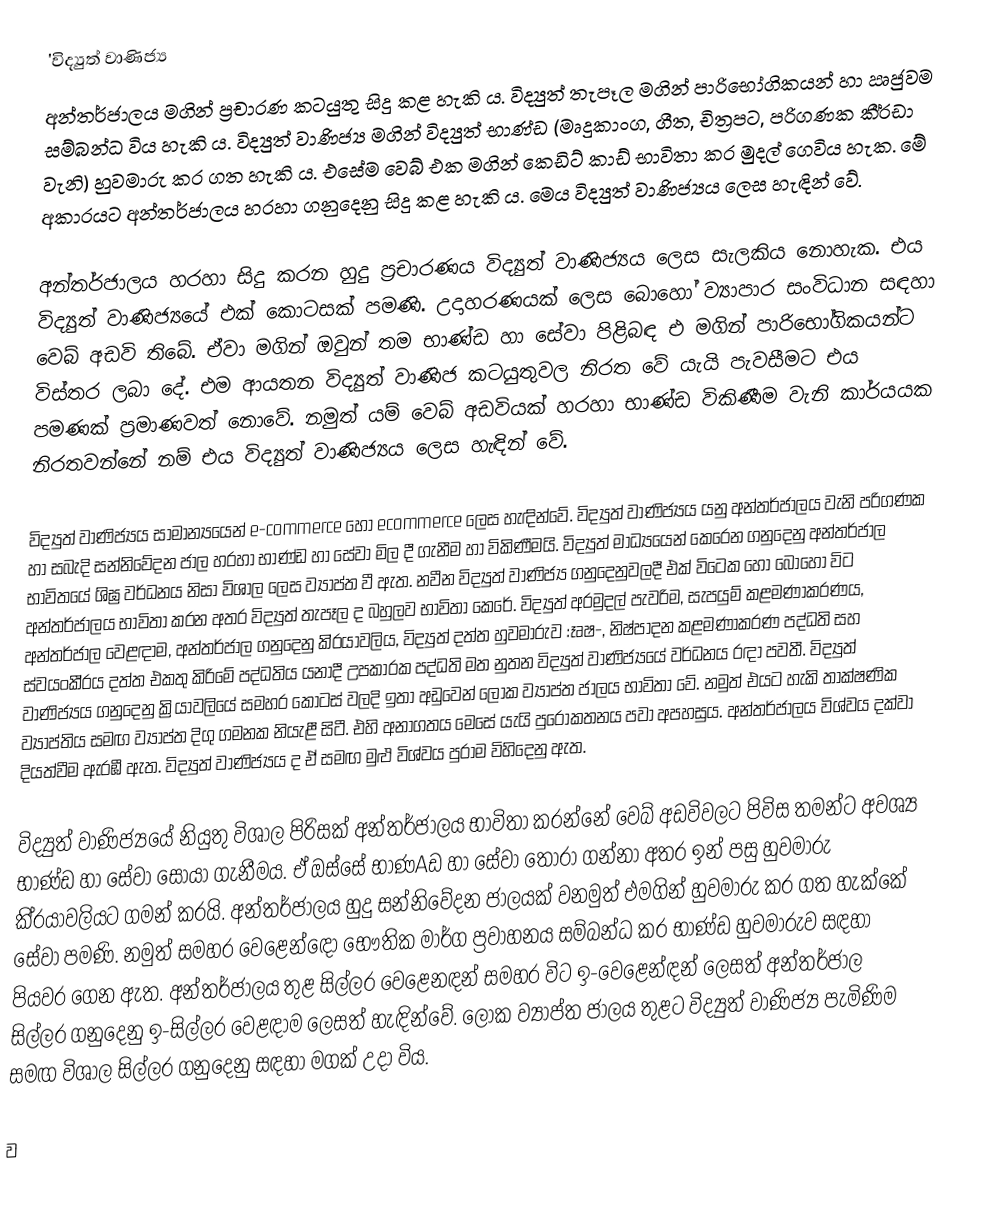
'විද්‍යුත් වාණිජ්‍ය
	අන්තර්ජාලය මගින් ප්‍රචාරණ කටයුතු සිදු කළ හැකි ය. විද්‍යුත් තැපෑල මගින් පාරිභෝගිකයන් හා ඍජුවම සම්බන්ධ විය හැකි ය. විද්‍යුත් වාණිජ්‍ය මගින් විද්‍යුත් භාණ්ඩ (මෘදුකාංග, ගීත, චිත්‍රපට, පරිගණක කී්‍රඩා වැනි) හුවමාරු කර ගත හැකි ය. එසේම වෙබ් එක මගින් කෙඩිට් කාඩ් භාවිතා කර මුදල් ගෙවිය හැක. මේ අකාරයට අන්තර්ජාලය හරහා ගනුදෙනු සිදු කළ හැකි ය. මෙය විද්‍යුත් වාණිජ්‍යය ලෙස හැඳින් වේ.

	අන්තර්ජාලය හරහා සිදු කරන හුදු ප්‍රචාරණය විද්‍යුත් වාණිජ්‍යය ලෙස සැලකිය නොහැක. එය විද්‍යුත් වාණිජ්‍යයේ එක් කොටසක් පමණි. උදාහරණයක් ලෙස බොහෝ ව්‍යාපාර සංවිධාන සඳහා වෙබ් අඩවි තිබේ. ඒවා මගින් ඔවුන් තම භාණ්ඩ හා සේවා පිළිබඳ එ මගින් පාරිභෝගිකයන්ට විස්තර ලබා දේ. එම ආයතන විද්‍යුත් වාණිජ කටයුතුවල නිරත වේ යැයි පැවසීමට එය පමණක් ප්‍රමාණවත් නොවේ. නමුත් යම් වෙබ් අඩවියක් හරහා භාණ්ඩ විකිණීම වැනි කාර්යයක නිරතවන්නේ නම් එය විද්‍යුත් වාණිජ්‍යය ලෙස හැඳින් වේ.

	විද්‍යුත් වාණිජ්‍යය සාමාන්‍යයෙන් e-commerce හෝ ecommerce ලෙස හැඳින්වේ. විද්‍යුත් වාණිජ්‍යය යනු අන්තර්ජාලය වැනි පරිගණක හා සබැදි සන්නිවේදන ජාල හරහා භාණ්ඩ හා සේවා මිල දී ගැනීම හා විකිණීමයි. විද්‍යුත් මාධ්‍යයෙන් කෙරෙන ගනුදෙනු අන්තර්ජාල භාවිතයේ ශිඝ්‍ර වර්ධනය නිසා විශාල ලෙස ව්‍යාප්ත වී ඇත. නවීන විද්‍යුත් වාණිජ්‍ය ගනුදෙනුවලදී එක් විටෙක හෝ බොහෝ විට අන්තර්ජාලය භාවිතා කරන අතර විද්‍යුත් තැපෑල ද බහුලව භාවිතා කෙරේ. විද්‍යුත් අරමුදල් පැවරිම, සැපයුම් කළමණාකරණය, අන්තර්ජාල වෙළඳාම, අන්තර්ජාල ගනුදෙනු කි්‍රයාවලිය,  විද්‍යුත් දත්ත හුවමාරුව :ෑෘෂ-, නිෂ්පාදන කළමණාකරණ පද්ධති සහ ස්වයංකී්‍රය දත්ත එකතු කිරිමේ පද්ධතිය යනාදී උපකාරක පද්ධති මත නුතන විද්‍යුත් වාණිජ්‍යයේ වර්ධනය රඳා පවතී. විද්‍යුත් වාණිජ්‍යය ගනුදෙනු ක්‍රියාවලියේ සමහර කොටස් වලදි ඉතා අඩුවෙන් ලෝක ව්‍යාප්ත ජාලය භාවිතා වේ. නමුත් එයට හැකි තාක්ෂණික  ව්‍යාප්තිය සමඟ ව්‍යාප්ත දිගු ගමනක නියැළී සිටී. එහි අනාගතය මෙසේ යැයි පුරෝකතනය පවා අපහසුය. අන්තර්ජාලය විශ්වය දක්වා දියත්වීම ඇරඹී ඇත. විද්‍යුත් වාණිජ්‍යය ද ඒ සමඟ මුළු විශ්වය පුරාම විහිදෙනු ඇත.

	විද්‍යුත් වාණිජ්‍යයේ නියුතු විශාල පිරිසක් අන්තර්ජාලය භාවිතා කරන්නේ වෙබ් අඩවිවලට පිවිස තමන්ට අවශ්‍ය භාණ්ඩ හා සේවා සොයා ගැනීමය. ඒ ඔස්සේ භාණAඩ හා සේවා තෝරා ගන්නා අතර ඉන් පසු හුවමාරු කි්‍රයාවලියට ගමන් කරයි.  අන්තර්ජාලය හුදු සන්නිවේදන ජාලයක් වනමුත් එමගින් හුවමාරු කර ගත හැක්කේ සේවා පමණි. නමුත් සමහර වෙළෙන්ඳෝ භෞතික මාර්ග ප්‍රවාහනය සම්බන්ධ කර භාණ්ඩ හුවමාරුව සඳහා පියවර ගෙන ඇත. අන්තර්ජාලය තුළ සිල්ලර වෙළෙනඳන් සමහර විට ඉ-වෙළෙන්ඳන් ලෙසත් අන්තර්ජාල සිල්ලර ගනුදෙනු ඉ-සිල්ලර වෙළඳාම ලෙසත් හැඳින්වේ. ලෝක ව්‍යාප්ත ජාලය තුළට විද්‍යුත් වාණිජ්‍ය පැමිණිම සමඟ විශාල සිල්ලර ගනුදෙනු සඳහා මගක් උදා විය.

	ව